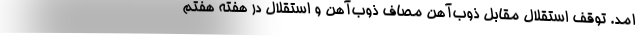
امد. توقف استقلال مقابل ذوب‌آهن مصاف ذوب‌آهن و استقلال در هفته هفتم